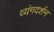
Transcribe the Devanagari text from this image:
व्यंगदर्शन